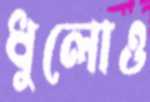
ধুলোও